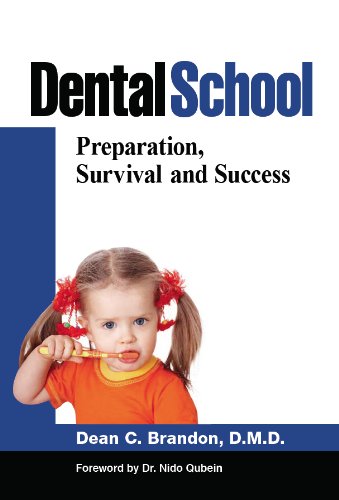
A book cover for Dental School: Preparation, Survival, and Success; Dr. Dean Brandon; Medical Books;